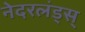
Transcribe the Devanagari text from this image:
नेदरलंड्स्